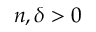
n , \delta > 0